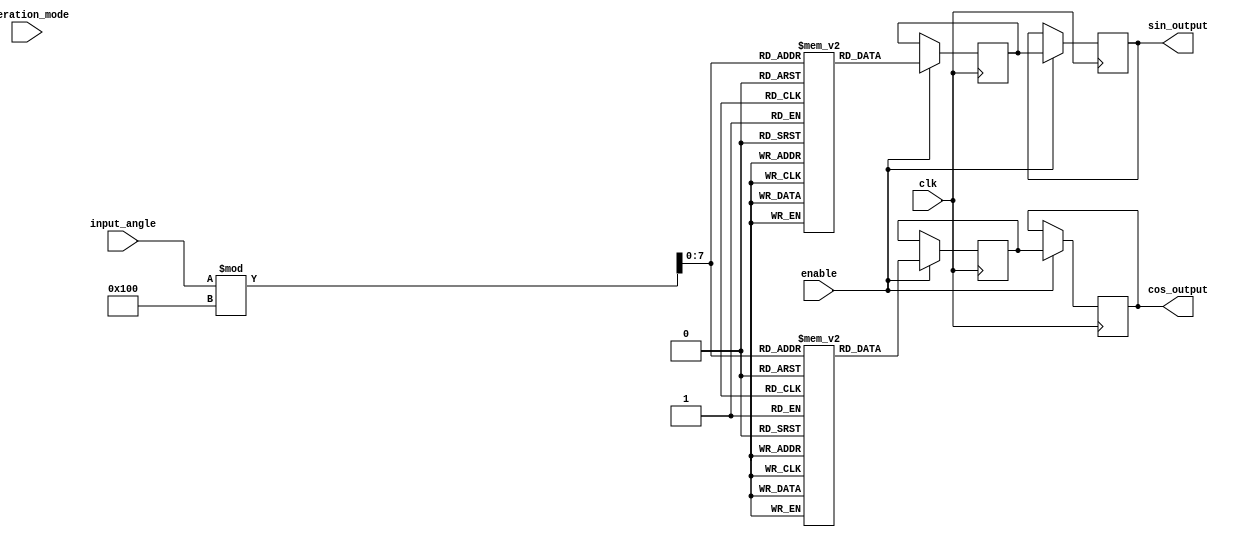
module precomputed_cordic #(
    parameter N = 16,          // Bit-width of the input angle
    parameter M = 16,          // Bit-width of the output sine and cosine values
    parameter LUT_SIZE = 256   // Size of the LUT for pre-computed values
)(
    input wire clk,            // Clock signal
    input wire enable,         // Enable signal
    input wire [N-1:0] input_angle, // Input angle
    input wire operation_mode, // Operation mode (0: rotation, 1: vectoring)
    output reg [M-1:0] sin_output,  // Sine output
    output reg [M-1:0] cos_output   // Cosine output
);

    // Pre-computed LUT for sine and cosine values
    reg [M-1:0] sine_lut [0:LUT_SIZE-1];
    reg [M-1:0] cosine_lut [0:LUT_SIZE-1];
    
    // Initialize LUT with pre-computed values
    initial begin
        // Populate sine_lut and cosine_lut with pre-computed values
        // Example: This should be filled with actual sine and cosine values
        // sine_lut[0] = 0; cosine_lut[0] = 1; // for angle 0
        // sine_lut[1] = ...; cosine_lut[1] = ...; // for angle 1
        // ...
    end

    // Internal registers
    reg [N-1:0] scaled_angle;
    reg [M-1:0] sin_temp;
    reg [M-1:0] cos_temp;

    // Angle scaling and LUT fetching
    always @(posedge clk) begin
        if (enable) begin
            // Scale the input angle to fit LUT size
            scaled_angle = input_angle % (LUT_SIZE * (360 / LUT_SIZE)); // Assuming degrees for scaling
            
            // Fetch pre-computed sine and cosine values from LUT
            sin_temp = sine_lut[scaled_angle];
            cos_temp = cosine_lut[scaled_angle];
        end
    end

    // Output assignment
    always @(posedge clk) begin
        if (enable) begin
            sin_output <= sin_temp;
            cos_output <= cos_temp;
        end
    end

endmodule